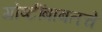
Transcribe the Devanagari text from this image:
गोष्टींबाबतचे